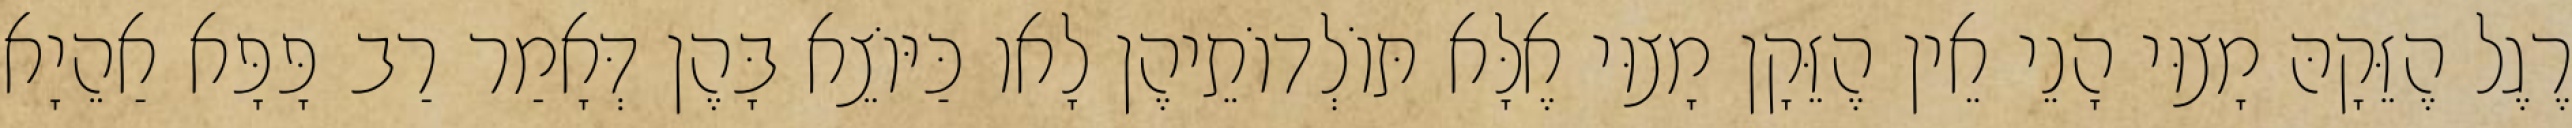
רֶגֶל הֶזֵּקָהּ מָצוּי הָנֵי אֵין הֶזֵּקָן מָצוּי אֶלָּא תּוֹלְדוֹתֵיהֶן לָאו כַּיּוֹצֵא בָּהֶן דְּאָמַר רַב פָּפָּא אַהֵיָא